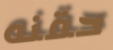
حقنه